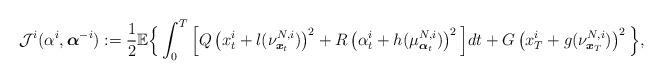
LaTeX: \begin{align*}\mathcal{J}^i(\alpha^i,\boldsymbol{\alpha}^{-i}):=\frac{1}{2}\mathbb{E}\Big\{\int_0^T\Big[Q\left(x^i_t+l(\nu^{N,i}_{\boldsymbol{x}_t})\right)^2+R\left(\alpha^i_t+h(\mu^{N,i}_{\boldsymbol{\alpha}_t})\right)^2\Big]dt+G\left(x^i_T+g(\nu^{N,i}_{\boldsymbol{x}_T})\right)^2\Big\},\end{align*}